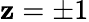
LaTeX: \mathbf{z}=\pm1